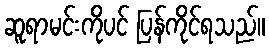
ဆူရာမင်းကိုပင် ပြန်ကိုင်ရသည်။